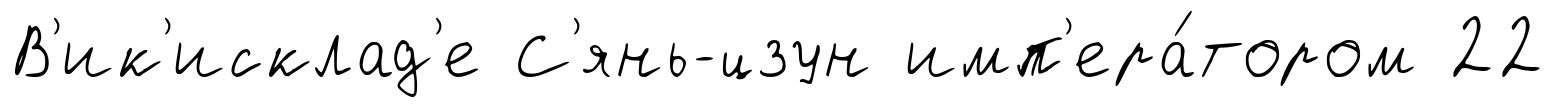
В'ик'исклад'е С'янь-цзун имп'ера́тором 22